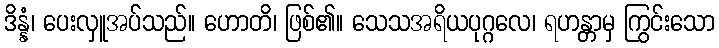
ဒိန္နံ၊ ပေးလှူအပ်သည်။ ဟောတိ၊ ဖြစ်၏။ သေသအရိယပုဂ္ဂလေ၊ ရဟန္တာမှ ကြွင်းသော